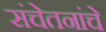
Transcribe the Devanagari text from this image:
संचेतनांचे